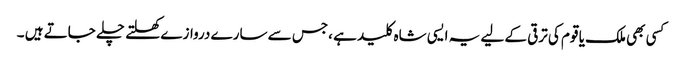
کسی بھی ملک یا قوم کی ترقی کے لیے یہ ایسی شاہ کلید ہے ،جس سے سارے دروازے کھلتے چلے جاتے ہیں ۔